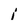
Character: i